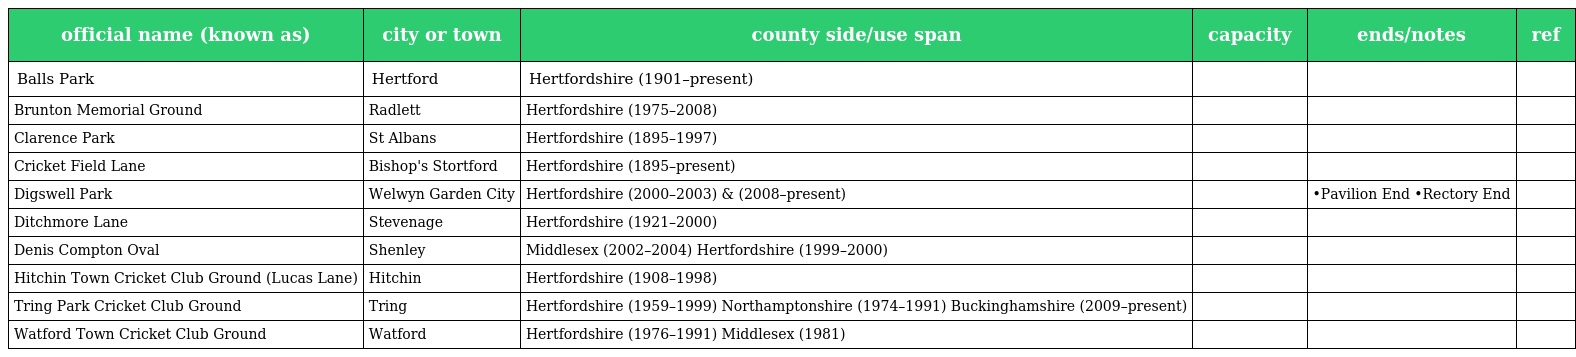
| official name (known as) | city or town | county side/use span | capacity | ends/notes | ref |
 | --- | --- | --- | --- | --- | --- |
 | Balls Park | Hertford | Hertfordshire (1901–present) |  |  |  |
 | Brunton Memorial Ground | Radlett | Hertfordshire (1975–2008) |  |  |  |
 | Clarence Park | St Albans | Hertfordshire (1895–1997) |  |  |  |
 | Cricket Field Lane | Bishop's Stortford | Hertfordshire (1895–present) |  |  |  |
 | Digswell Park | Welwyn Garden City | Hertfordshire (2000–2003) & (2008–present) |  | •Pavilion End •Rectory End |  |
 | Ditchmore Lane | Stevenage | Hertfordshire (1921–2000) |  |  |  |
 | Denis Compton Oval | Shenley | Middlesex (2002–2004) Hertfordshire (1999–2000) |  |  |  |
 | Hitchin Town Cricket Club Ground (Lucas Lane) | Hitchin | Hertfordshire (1908–1998) |  |  |  |
 | Tring Park Cricket Club Ground | Tring | Hertfordshire (1959–1999) Northamptonshire (1974–1991) Buckinghamshire (2009–present) |  |  |  |
 | Watford Town Cricket Club Ground | Watford | Hertfordshire (1976–1991) Middlesex (1981) |  |  |  |